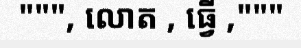
""", លោត , ធ្វើ ,"""